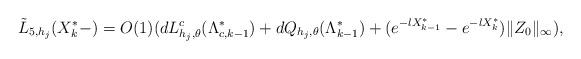
LaTeX: \begin{align*}\tilde{L}_{5,h_j}(X_{k}^*-)=O(1)(dL^{c}_{h_j,\theta}(\Lambda_{c,k-1}^{*})+dQ_{h_j,\theta}(\Lambda_{k-1}^{*})+(e^{-lX_{k-1}^*}-e^{-lX_{k}^*})\|Z_{0}\|_{\infty}),\end{align*}